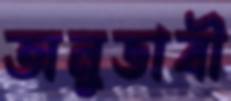
অনুভাবী